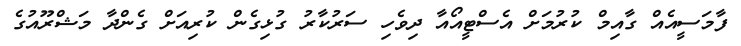
ފާމަސީއެއް ގާއިމް ކުރުމަށް އެސްޓީއޯއާ ދިވެހި ސަރުކާރު ގުޅިގެން ކުރިއަށް ގެންދާ މަޝްރޫއުގެ